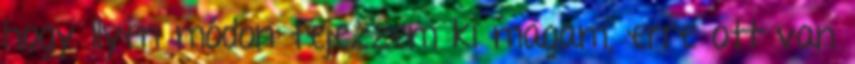
hogy ilyen módon fejezzem ki magam, erre ott van